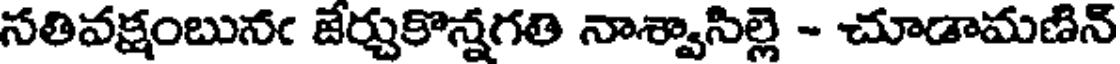
సతివక్షంబునఁ జేర్చుకొన్నగతి నాశ్వాసిల్లె - చూడామణిన్